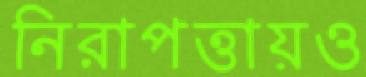
নিরাপত্তায়ও